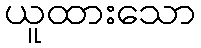
ယူထားသော